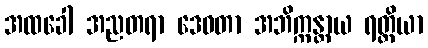
အထခေါ အညတရာ ဒေဝတာ အဘိက္ကန္တာယ ရတ္တိယာ